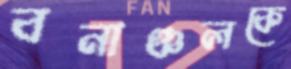
বনাঞ্চলকে